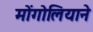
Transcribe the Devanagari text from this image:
मोंगोलियाने